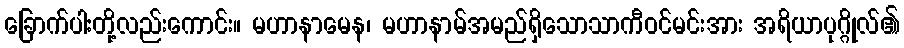
ခြောက်ပါးတို့လည်းကောင်း။ မဟာနာမေန၊ မဟာနာမ်အမည်ရှိသောသာကီဝင်မင်းအား အရိယာပုဂ္ဂိုလ်၏